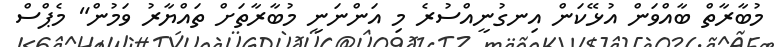
މުބާރާތް ބާއްވަން އުޅޭކަން އިނގުނީއްސުރެ މި އަންނަނީ މުބާރާތަށް ތައްޔާރު ވަމުން" މެޕްސް